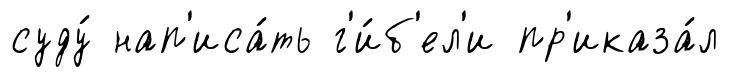
суду́ нап'иса́ть г'и́б'ел'и пр'иказа́л